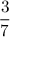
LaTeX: \frac { 3 } { 7 }